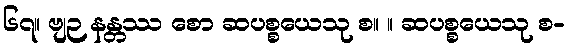
၆၇။ ဗျဉ နန္တဿ စော ဆပစ္စယေသု စ။ ။ ဆပစ္စယေသု စ-